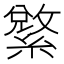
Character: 𱺄